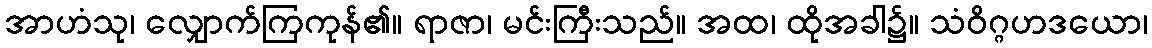
အာဟံသု၊ လျှောက်ကြကုန်၏။ ရာဇာ၊ မင်းကြီးသည်။ အထ၊ ထိုအခါ၌။ သံဝိဂ္ဂဟဒယော၊